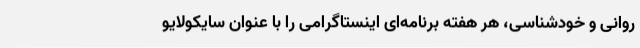
روانی و خودشناسی، هر هفته برنامه‌ای اینستاگرامی را با عنوان سایکولایو